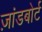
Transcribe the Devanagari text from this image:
ज़ांडबोर्ट